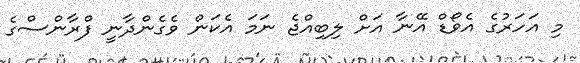
މި އަހަރުގެ އެވޯޑް އޭނާ އަށް ލިބިއްޖެ ނަމަ އެކަން ވެގެންދާނީ ފްރާންސްގެ